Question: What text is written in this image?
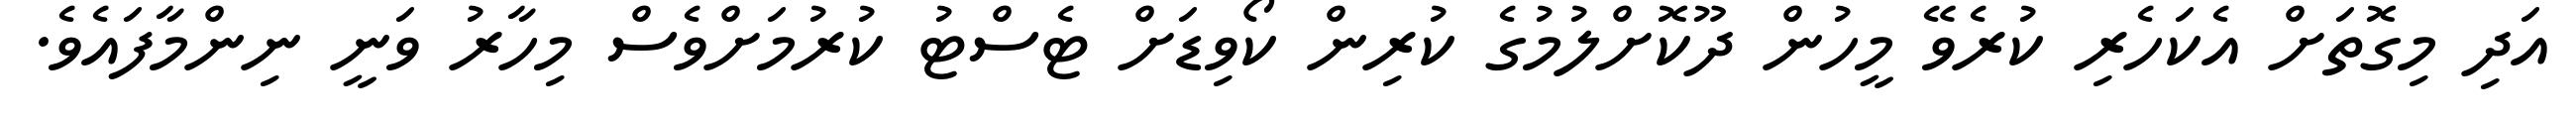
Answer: އަދި މިގޮތަށް އެކަހެރި ކުރެވޭ މީހުން ދޫކޮށްލުމުގެ ކުރިން ކޯވިޑަށް ޓެސްޓު ކުރުމަށްވެސް މިހާރު ވަނީ ނިންމާފައެވެ.